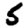
Digit: 5